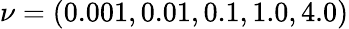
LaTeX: \nu=(0.001,0.01,0.1,1.0,4.0)